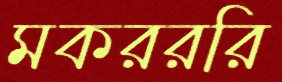
মকরররি